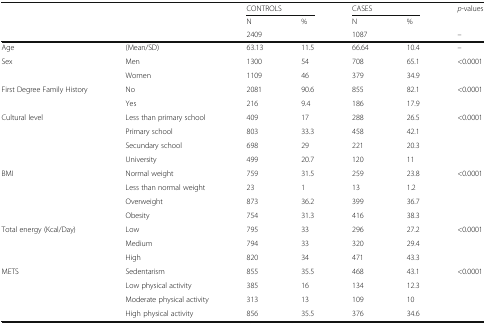
<table><thead><tr><td rowspan="3" colspan="2"></td><td colspan="2"><b>CONTROLS</b></td><td colspan="2"><b>CASES</b></td><td><b><i>p</i>-values</b></td></tr><tr><td><b>N</b></td><td><b>%</b></td><td><b>N</b></td><td><b>%</b></td><td></td></tr><tr><td colspan="2"><b>2409</b></td><td colspan="2"><b>1087</b></td><td><b>–</b></td></tr></thead><tbody><tr><td>Age</td><td>(Mean/SD)</td><td>63.13</td><td>11.5</td><td>66.64</td><td>10.4</td><td>–</td></tr><tr><td rowspan="2">Sex</td><td>Men</td><td>1300</td><td>54</td><td>708</td><td>65.1</td><td rowspan="2">&lt;0.0001</td></tr><tr><td>Women</td><td>1109</td><td>46</td><td>379</td><td>34.9</td></tr><tr><td rowspan="2">First Degree Family History</td><td>No</td><td>2081</td><td>90.6</td><td>855</td><td>82.1</td><td rowspan="2">&lt;0.0001</td></tr><tr><td>Yes</td><td>216</td><td>9.4</td><td>186</td><td>17.9</td></tr><tr><td rowspan="4">Cultural level</td><td>Less than primary school</td><td>409</td><td>17</td><td>288</td><td>26.5</td><td rowspan="4">&lt;0.0001</td></tr><tr><td>Primary school</td><td>803</td><td>33.3</td><td>458</td><td>42.1</td></tr><tr><td>Secundary school</td><td>698</td><td>29</td><td>221</td><td>20.3</td></tr><tr><td>University</td><td>499</td><td>20.7</td><td>120</td><td>11</td></tr><tr><td rowspan="4">BMI</td><td>Normal weight</td><td>759</td><td>31.5</td><td>259</td><td>23.8</td><td rowspan="4">&lt;0.0001</td></tr><tr><td>Less than normal weight</td><td>23</td><td>1</td><td>13</td><td>1.2</td></tr><tr><td>Overweight</td><td>873</td><td>36.2</td><td>399</td><td>36.7</td></tr><tr><td>Obesity</td><td>754</td><td>31.3</td><td>416</td><td>38.3</td></tr><tr><td rowspan="3">Total energy (Kcal/Day)</td><td>Low</td><td>795</td><td>33</td><td>296</td><td>27.2</td><td rowspan="3">&lt;0.0001</td></tr><tr><td>Medium</td><td>794</td><td>33</td><td>320</td><td>29.4</td></tr><tr><td>High</td><td>820</td><td>34</td><td>471</td><td>43.3</td></tr><tr><td rowspan="4">METS</td><td>Sedentarism</td><td>855</td><td>35.5</td><td>468</td><td>43.1</td><td rowspan="4">&lt;0.0001</td></tr><tr><td>Low physical activity</td><td>385</td><td>16</td><td>134</td><td>12.3</td></tr><tr><td>Moderate physical activity</td><td>313</td><td>13</td><td>109</td><td>10</td></tr><tr><td>High physical activity</td><td>856</td><td>35.5</td><td>376</td><td>34.6</td></tr></tbody></table>